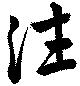
往